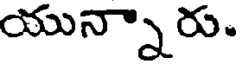
యున్నారు.